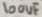
Text: 100uF